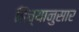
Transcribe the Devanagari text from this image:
हिच्यानुसार